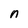
Character: n